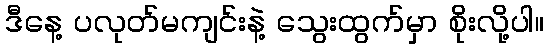
ဒီနေ့ ပလုတ်မကျင်းနဲ့ သွေးထွက်မှာ စိုးလို့ပါ။